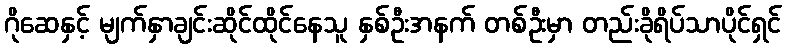
ဂိုဆေနှင့် မျက်နှာချင်းဆိုင်ထိုင်နေသူ နှစ်ဦးအနက် တစ်ဦးမှာ တည်းခိုရိပ်သာပိုင်ရှင်